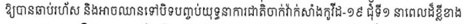
ឱ្យបានឆាប់រហ័ស និងអាចឈានទៅបិទបញ្ចប់យុទ្ធនាការជាតិចាក់វ៉ាក់សាំងកូវីដ-១៩ ជុំទី១ នាពេលដ៏ខ្លីខាង